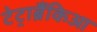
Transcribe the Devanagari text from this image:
टेट्राब्रैंकिआ